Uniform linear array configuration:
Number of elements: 4
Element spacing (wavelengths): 0.75
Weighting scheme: binomial
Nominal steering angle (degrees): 0
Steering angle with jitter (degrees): -1.745
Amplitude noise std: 0.05
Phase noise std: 0.05

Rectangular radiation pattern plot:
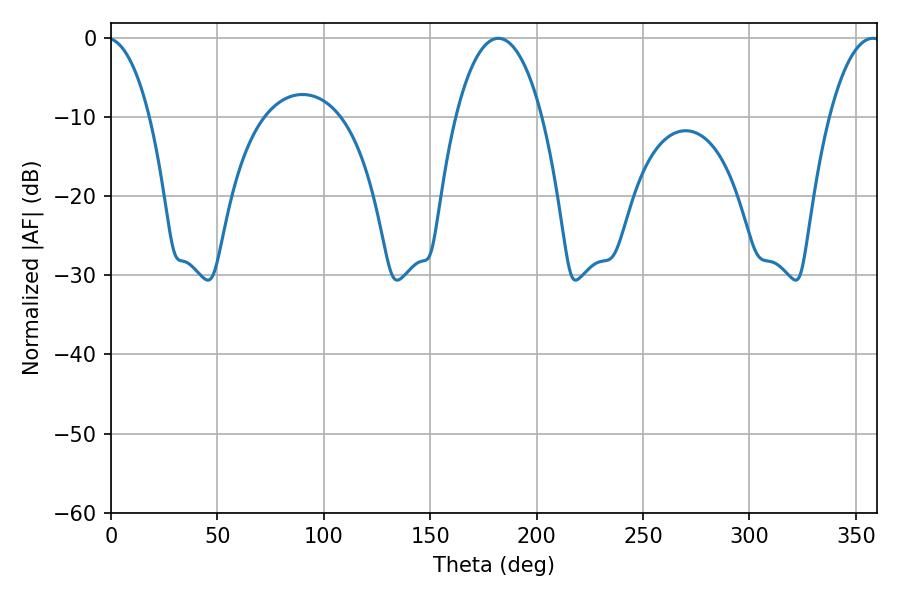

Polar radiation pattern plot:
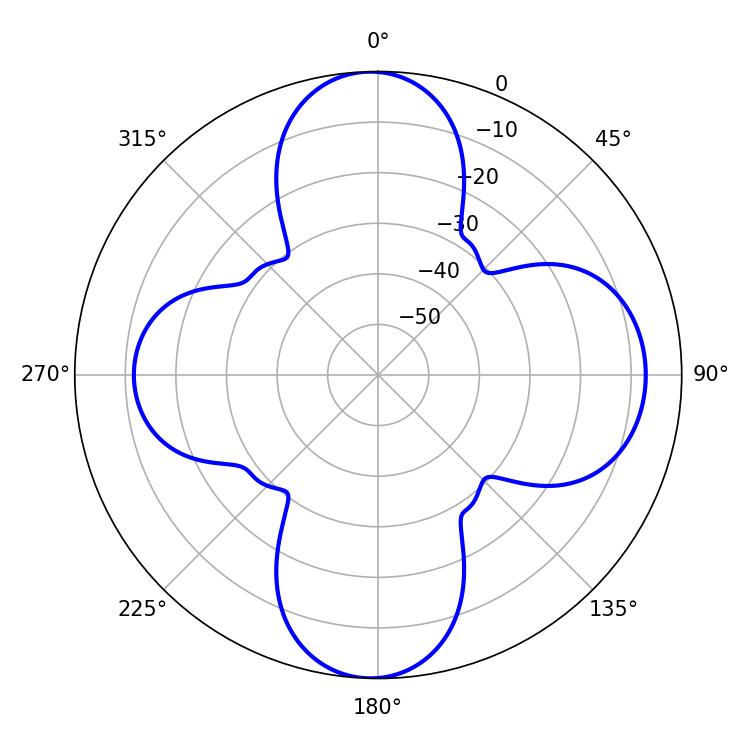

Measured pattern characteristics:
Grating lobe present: TRUE
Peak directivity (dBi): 15.613
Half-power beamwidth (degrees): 22.86
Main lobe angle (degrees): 181.98